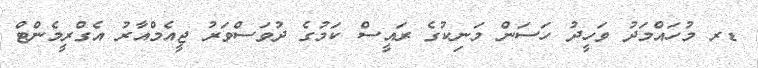
ޑރ މުހައްމަދު ވަހީދު ހަސަން މަނިކުގެ ރައީސް ކަމުގެ ދުވަސްވަރު ޖީއެމްއާރު އެގްރީމެންޓް